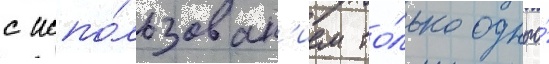
с испо́льзован'ием то́лько одного́